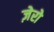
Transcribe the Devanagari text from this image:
ज़ेरो